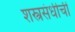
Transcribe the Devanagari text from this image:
शस्त्रसंधीची